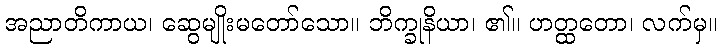
အညာတိကာယ၊ ဆွေမျိုးမတော်သော။ ဘိက္ခုနိယာ၊ ၏။ ဟတ္ထတော၊ လက်မှ။